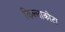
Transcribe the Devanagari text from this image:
किल्लाकोटा